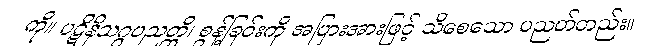
ကို။ ပဋိနိသဂ္ဂပညတ္တိ၊ စွန့်ခြင်းကို အပြားအားဖြင့် သိစေသော ပညတ်တည်း။